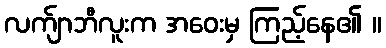
လက်ျာဘီလူးက အဝေးမှ ကြည့်နေ၏ ။